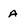
Character: a